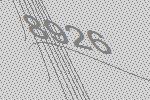
8926